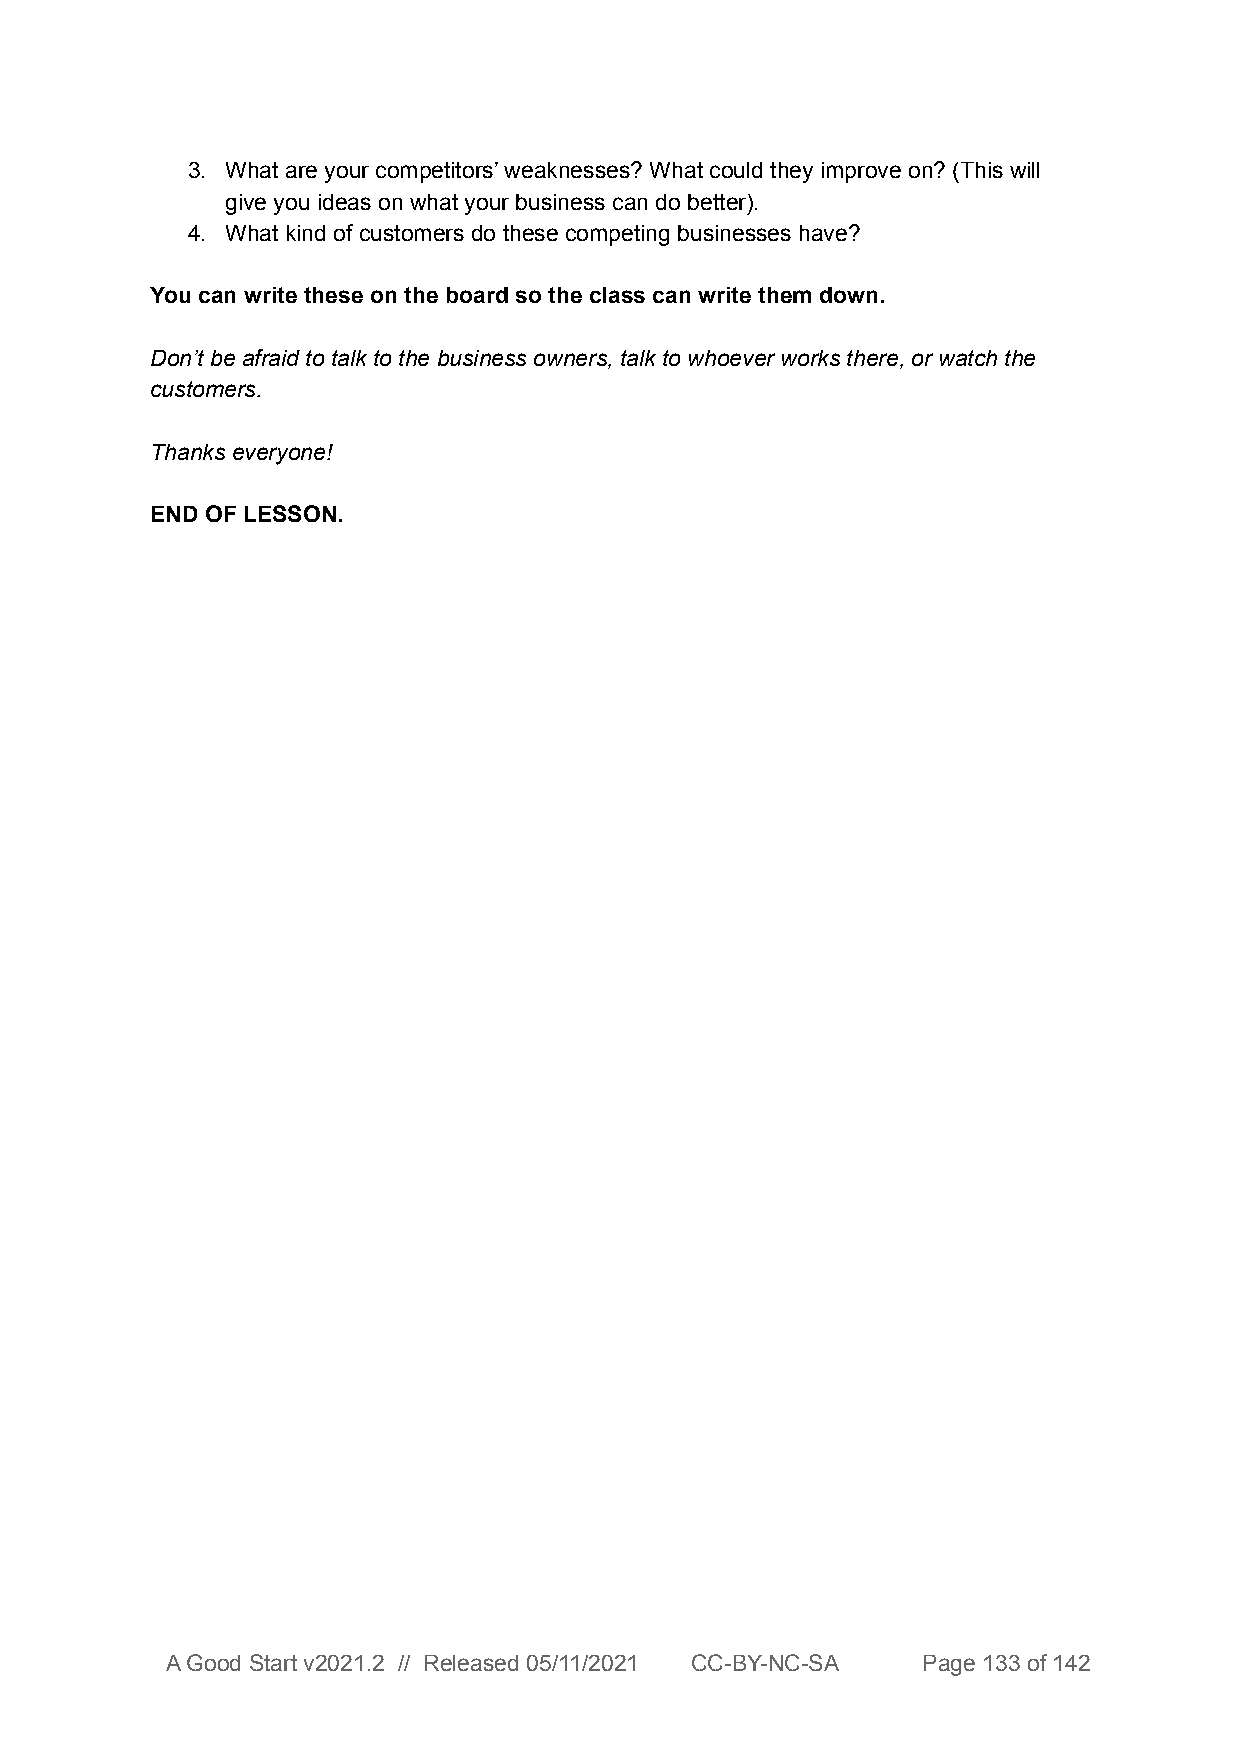
3. What are your competitors’ weaknesses? What could they improve on? (This will
 give you ideas on what your business can do better).
 4. What kind of customers do these competing businesses have?
 You can write these on the board so the class can write them down.
 Don’t be afraid to talk to the business owners, talk to whoever works there, or watch the
 customers.
 Thanks everyone!
 END OF LESSON.
 A Good Start v2021.2 // Released 05/11/2021 CC-BY-NC-SA Page 133 of 142